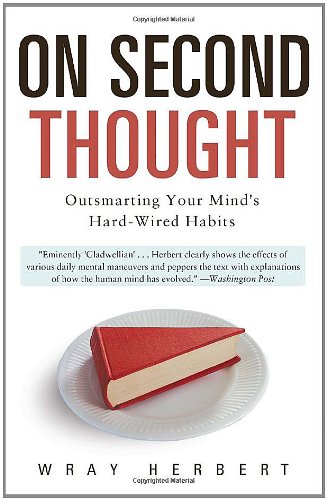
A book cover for On Second Thought: Outsmarting Your Mind's Hard-Wired Habits; Wray Herbert; Medical Books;